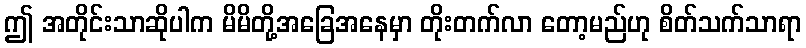
ဤ အတိုင်းသာဆိုပါက မိမိတို့အခြေအနေမှာ တိုးတက်လာ တော့မည်ဟု စိတ်သက်သာရာ